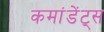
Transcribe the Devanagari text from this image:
कमांडेंट्स